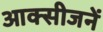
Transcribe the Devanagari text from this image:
आक्सीजनें